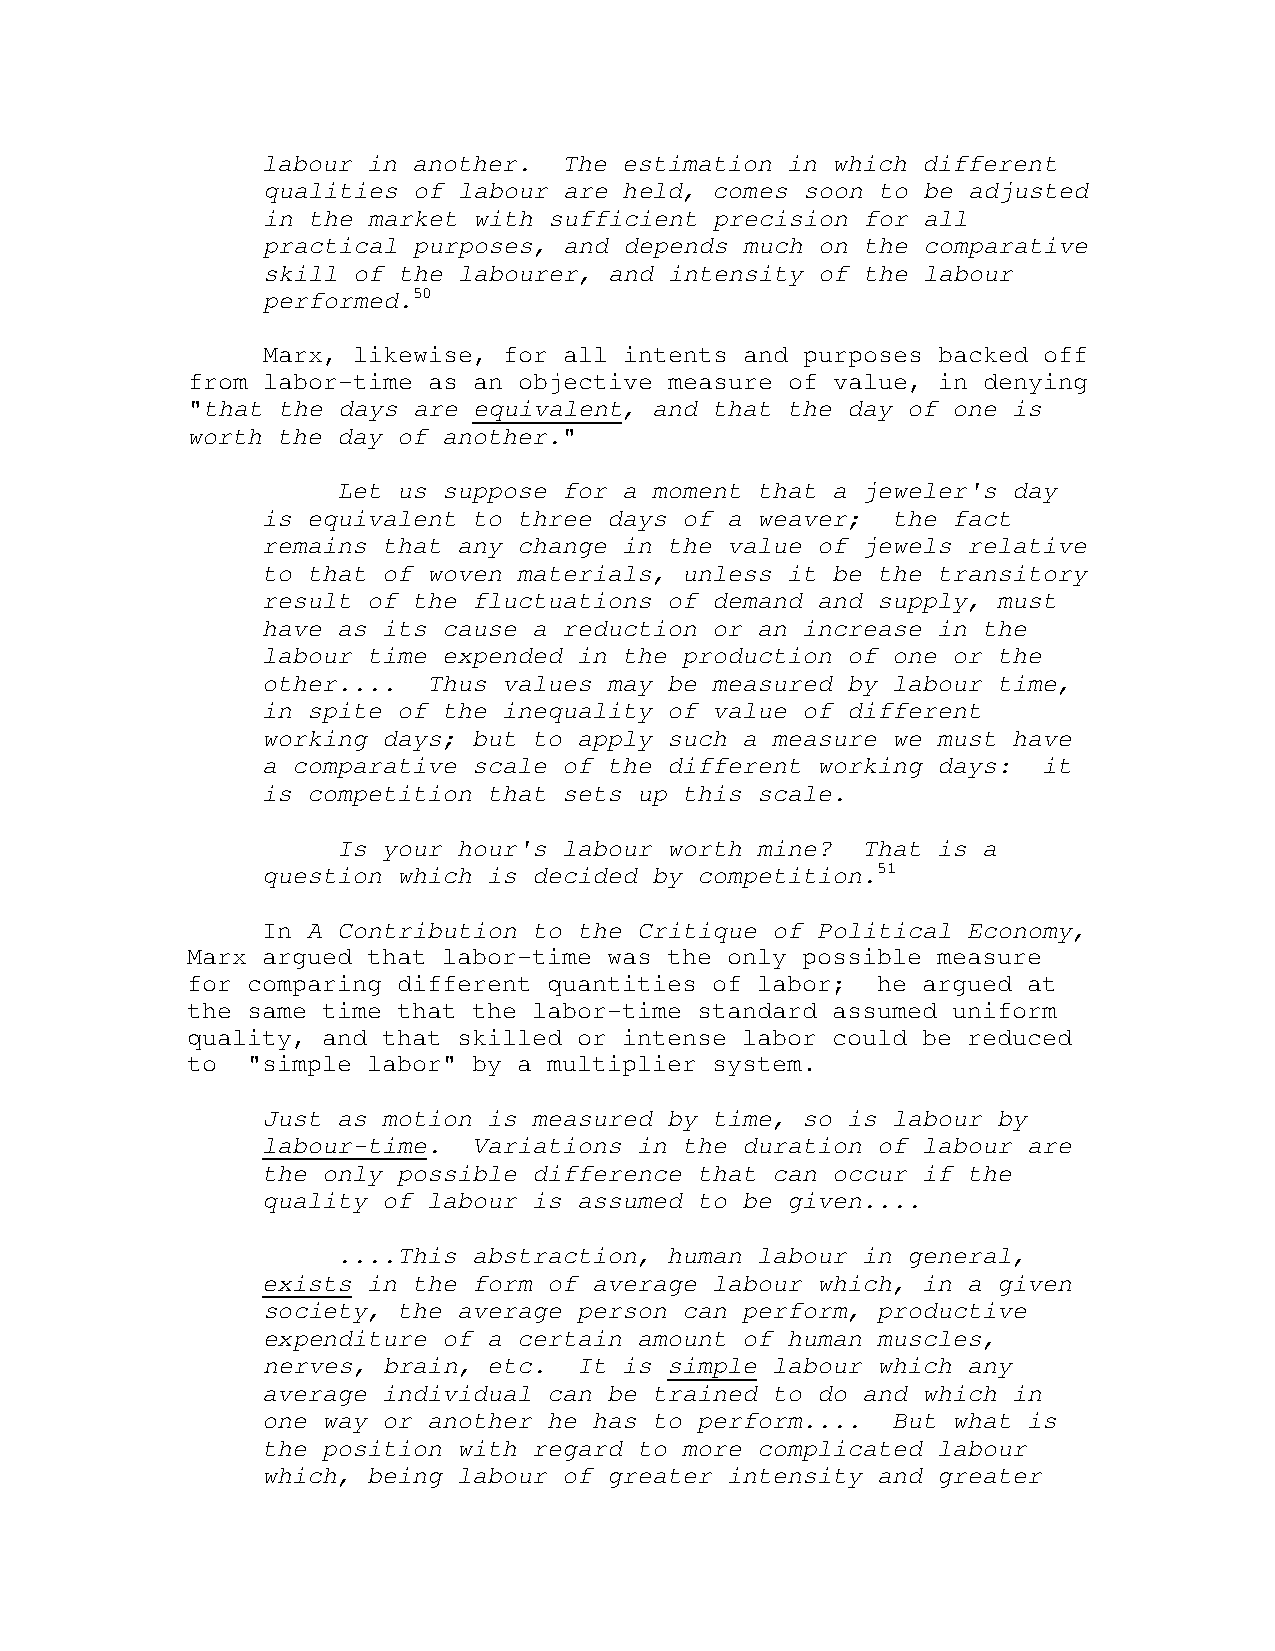
labour in another.  The estimation in which different
 qualities of labour are held, comes soon to be adjusted
 in the market with sufficient precision for all
 practical purposes, and depends much on the comparative
 skill of the labourer, and intensity of the labour
 performed.50
 Marx, likewise, for all intents and purposes backed off
 from labor-time as an objective measure of value, in denying
 "that the days are equivalent, and that the day of one is
 worth the day of another."
 Let us suppose for a moment that a jeweler's day
 is equivalent to three days of a weaver;  the fact
 remains that any change in the value of jewels relative
 to that of woven materials, unless it be the transitory
 result of the fluctuations of demand and supply, must
 have as its cause a reduction or an increase in the
 labour time expended in the production of one or the
 other....  Thus values may be measured by labour time,
 in spite of the inequality of value of different
 working days; but to apply such a measure we must have
 a comparative scale of the different working days:  it
 is competition that sets up this scale.
 Is your hour's labour worth mine?  That is a
 question which is decided by competition.51
 In A Contribution to the Critique of Political Economy,
 Marx argued that labor-time was the only possible measure
 for comparing different quantities of labor;  he argued at
 the same time that the labor-time standard assumed uniform
 quality, and that skilled or intense labor could be reduced
 to  "simple labor" by a multiplier system.
 Just as motion is measured by time, so is labour by
 labour-time.  Variations in the duration of labour are
 the only possible difference that can occur if the
 quality of labour is assumed to be given....
 ....This abstraction, human labour in general,
 exists in the form of average labour which, in a given
 society, the average person can perform, productive
 expenditure of a certain amount of human muscles,
 nerves, brain, etc.  It is simple labour which any
 average individual can be trained to do and which in
 one way or another he has to perform....  But what is
 the position with regard to more complicated labour
 which, being labour of greater intensity and greater